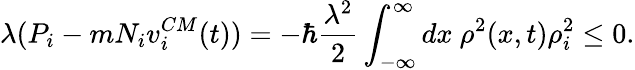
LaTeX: \lambda(P_{i}-mN_{i}v_{i}^{CM}(t))=-\hbar\frac{\lambda^{2}}{2}\int_{-\infty}^{\infty}dx~\rho^{2}(x,t)\rho_{i}^{2}\le 0.